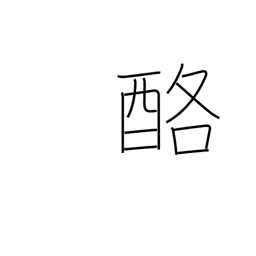
Meaning: dairy products